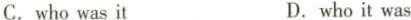
C.who was it D.who it was